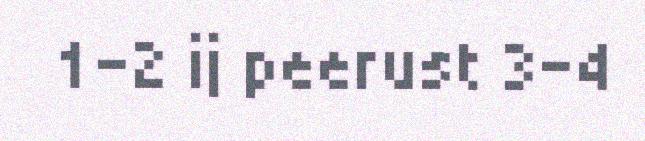
1-2 ij peerust 3-4